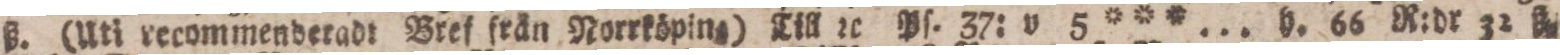
ß. (Uti recommenderadt Bref från Norrköping) Till rc Pſ. 37: v 5 *** ... h. 66 R:dr 32 ß.